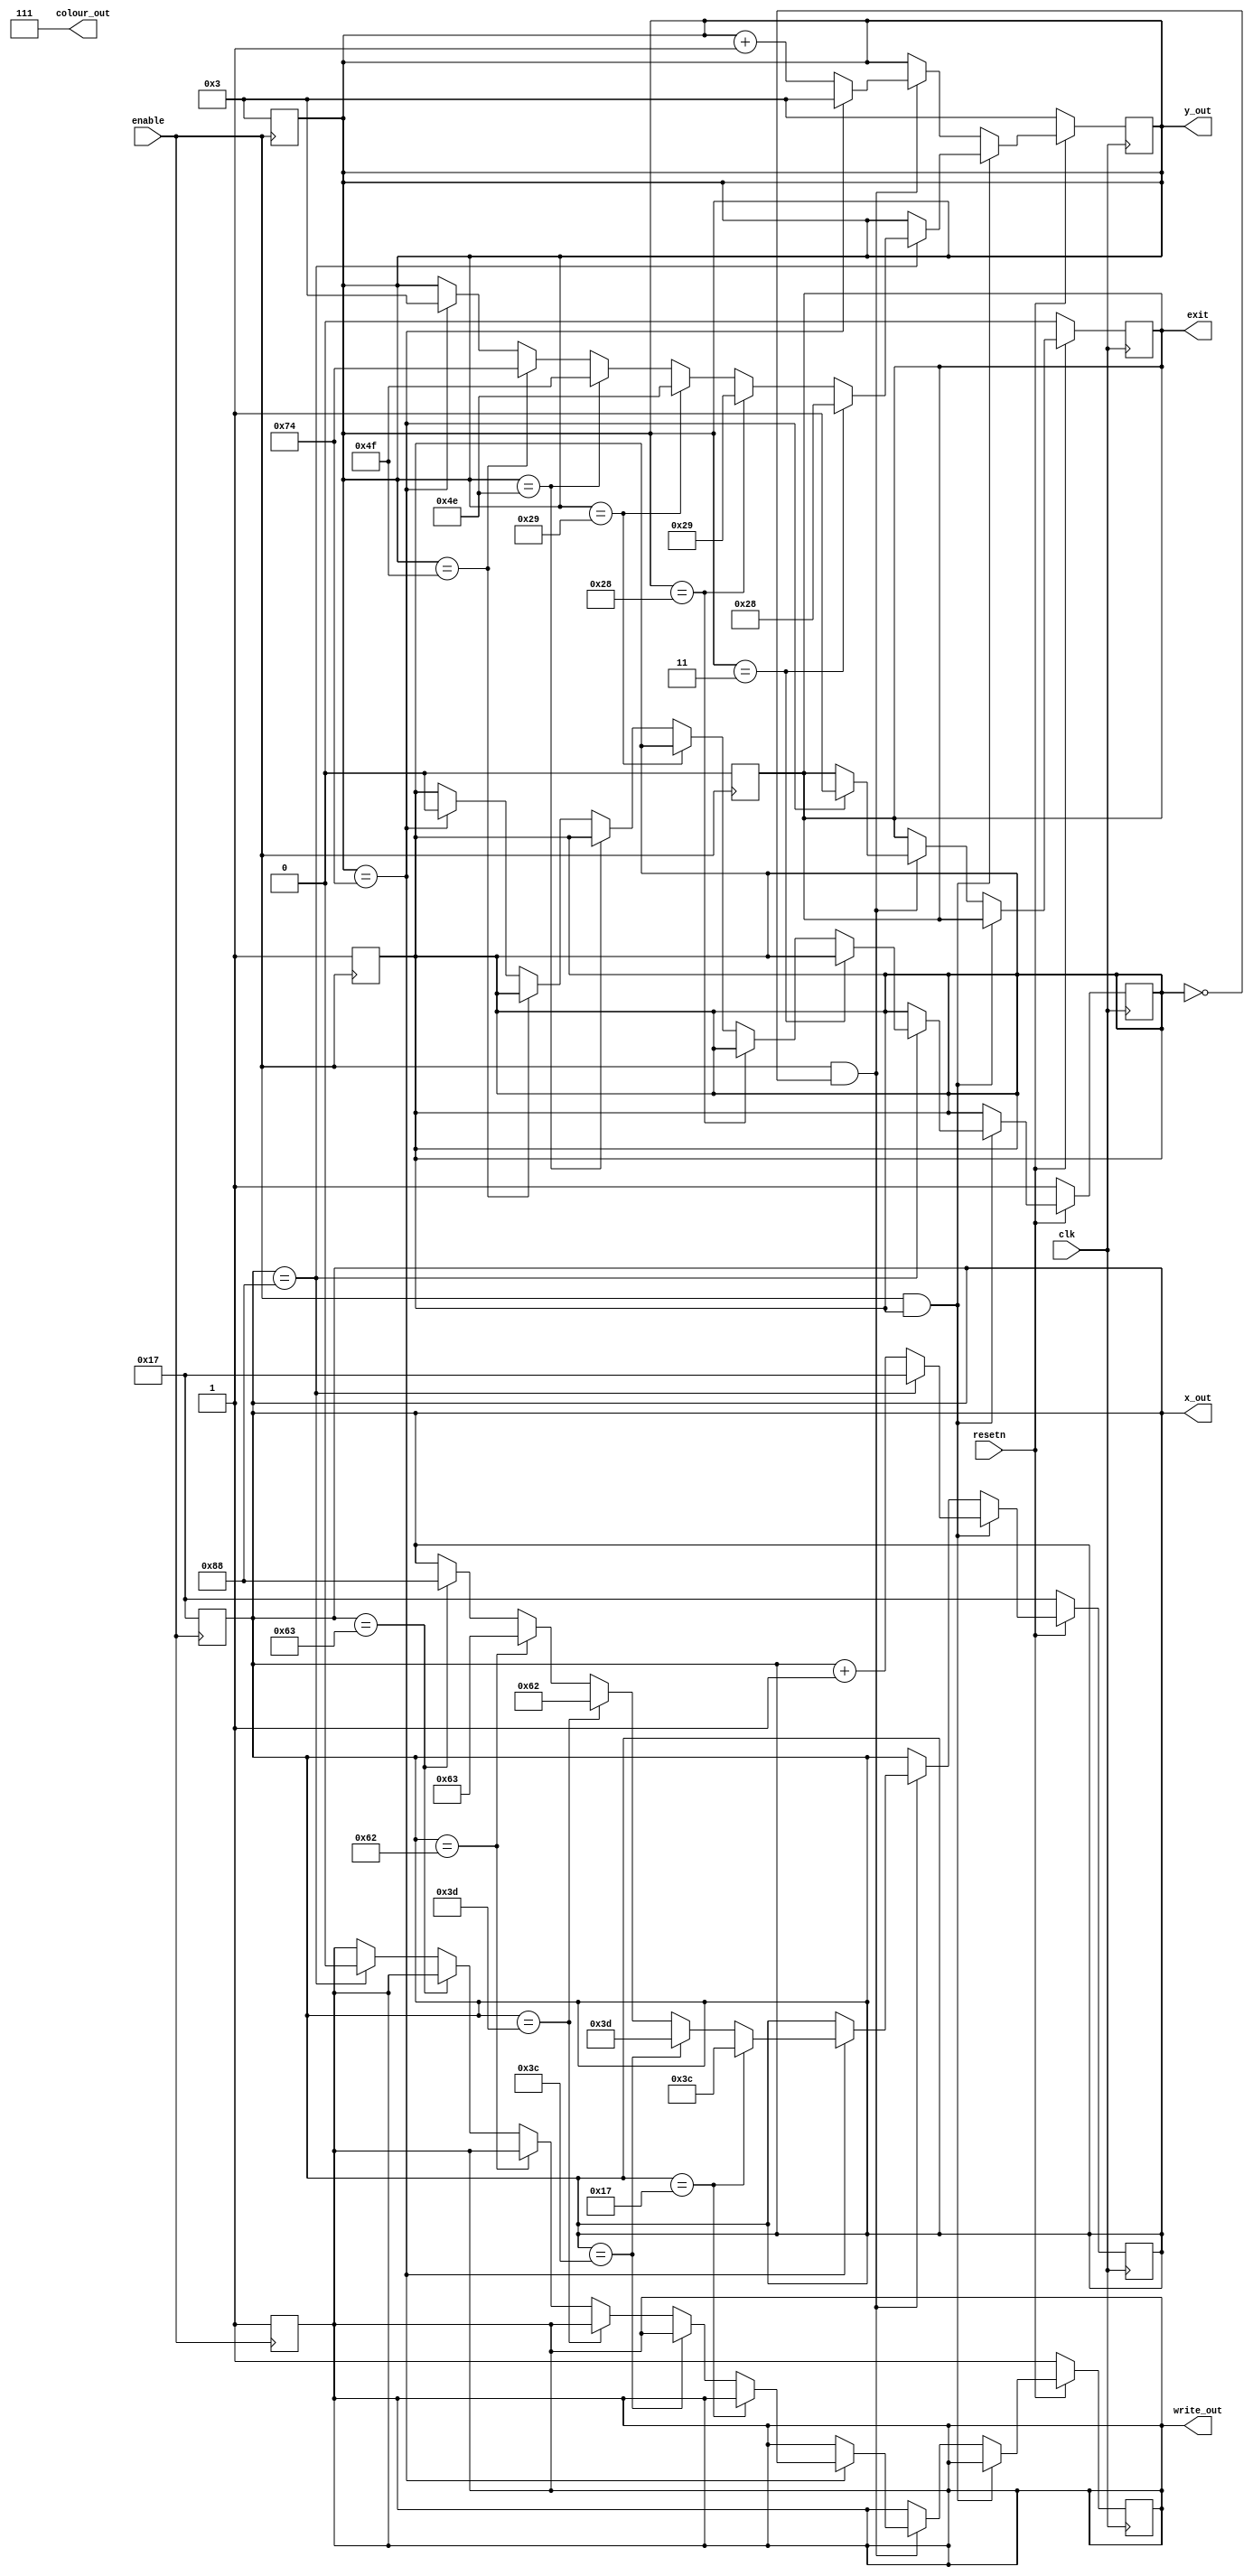
module gridDrawer(clk, resetn, enable, exit, x_out, y_out, colour_out, write_out);
	input			clk, resetn, enable;
	output	reg		exit, write_out;
	output	reg 	[7:0]	x_out;
	output	reg 	[6:0]	y_out;
	output	 	[2:0]	colour_out;
	reg			go_right;

	//draw grid from top-down, then left-right.
	always@(posedge clk) 
	begin
		if(!resetn)
			begin
			x_out <= 8'd23;
			y_out <= 7'd3;
			go_right <= 1'b1;
			write_out <= 1'b1;
			exit <= 1'b0;
			end
		else if(enable && go_right) 
			begin
			if (x_out == 8'd136)
				begin
				x_out <= 8'd23;
				if 	(y_out == 7'd3)
					 y_out <= 7'd40;
				else if (y_out == 7'd40)
					 y_out <= 7'd41;
				else if (y_out == 7'd41)
					 y_out <= 7'd78;
				else if (y_out == 7'd78)
					 y_out <= 7'd79;
				else if (y_out == 7'd79)
					 y_out <= 7'd116;
				else if (y_out == 7'd116)
					begin
					 x_out <= 8'd23;
					 y_out <= 7'd3;
					 go_right <= 1'b0;
					end
				end
			else
				x_out <= x_out + 1'b1;
			end

		else if(enable && !go_right) 
			begin
			if (y_out == 7'd116) 
				begin
				y_out <= 7'd3;
				if 	(x_out == 8'd23)
					 x_out <= 8'd60;
				else if (x_out == 8'd60)
					 x_out <= 8'd61;
				else if (x_out == 8'd61)
					 x_out <= 8'd98;
				else if (x_out == 8'd98)
					 x_out <= 8'd99;
				else if (x_out == 8'd99)
					 x_out <= 8'd136;
				else if (x_out == 8'd136)
					write_out <= 1'b0;
					exit <= 1'b1;
				end
			else
				y_out <= y_out + 1'b1;
			end
	end
	
	always@(posedge enable)
	begin
		x_out <= 8'd23;
		y_out <= 7'd3;
		go_right <= 1'b1;
		write_out <= 1'b1;
		exit <= 1'b0;
	end

	assign colour_out = 3'b111;

endmodule